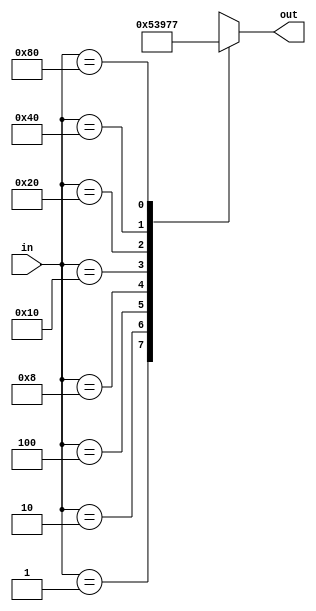
// module Octal_to_Binary_Encoder(input [7:0]in , output reg [2:0]out);
//   always @(*) begin
//     case(in)
//       8'h00 : out = 3'b000;
//       8'h01 : out = 3'b001;
//       8'h02 : out = 3'b010;
//       8'h04 : out = 3'b011;
//       8'h08 : out = 3'b100;
//       8'h10 : out = 3'b101;
//       8'h20 : out = 3'b110;
//       8'h40 : out = 3'b111;
// 		 default: out = 3'bxxx;
//   end
// endmodule


module Octal_to_Binary_Encoder(input [7:0] in, output reg [2:0] out);
  always @(*) begin
    case (in)
      8'b00000001: out = 3'b000;
      8'b00000010: out = 3'b001;
      8'b00000100: out = 3'b010;
      8'b00001000: out = 3'b011;
      8'b00010000: out = 3'b100;
      8'b00100000: out = 3'b101;
      8'b01000000: out = 3'b110;
      8'b10000000: out = 3'b111;
      default: out = 3'bxxx; // Undefined for multiple active inputs
    endcase
  end
endmodule